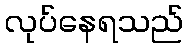
လုပ်နေရသည်